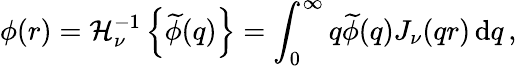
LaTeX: \phi(r)=\mathcal{H}_{\nu}^{-1}\left\{ \widetilde{\phi}(q)\right\} =\int_{0}^{\infty}q\widetilde{\phi}(q)J_{\nu}(qr)\, \mathrm{d}q\, ,